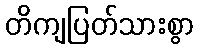
တိကျပြတ်သားစွာ